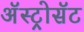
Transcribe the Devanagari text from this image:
अॅस्ट्रोसॅट